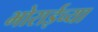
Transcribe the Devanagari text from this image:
भोराईच्या